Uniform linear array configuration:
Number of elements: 64
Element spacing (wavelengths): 0.5
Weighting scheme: binomial
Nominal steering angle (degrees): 15
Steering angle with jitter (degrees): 13.214
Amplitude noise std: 0.05
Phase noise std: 0.05

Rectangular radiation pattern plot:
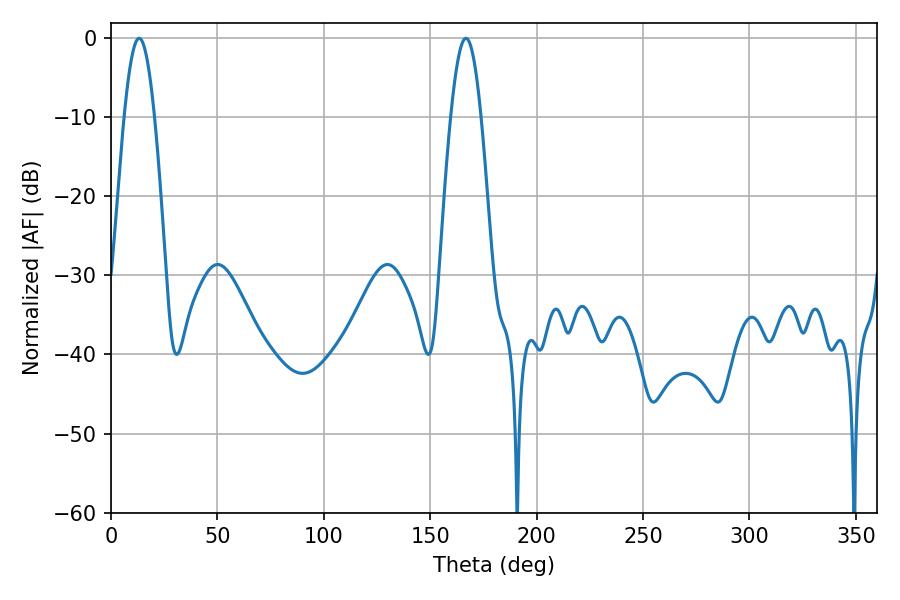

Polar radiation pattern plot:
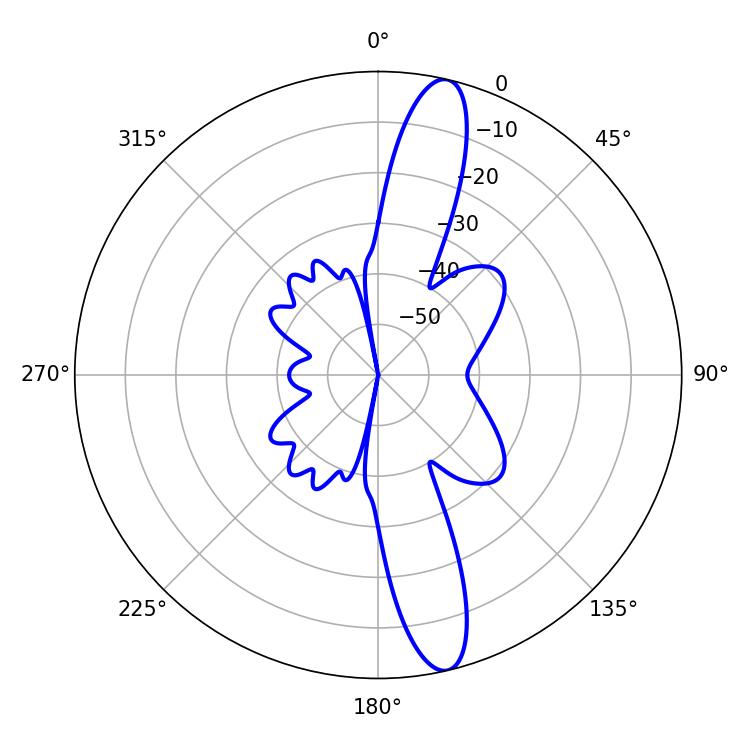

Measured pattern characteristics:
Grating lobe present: FALSE
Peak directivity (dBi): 14.724
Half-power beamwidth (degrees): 7.74
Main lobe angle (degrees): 13.14